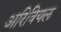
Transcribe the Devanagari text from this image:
अरिवियल